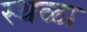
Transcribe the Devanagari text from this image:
स्थळा